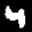
Label: 4